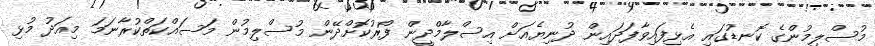
މުސްލިމުންގެ ކޮނޑުގައި އެޅިފައިވާފަދައިން ދުނިޔެއަށް އިސްލާމްދީން ފޯރުކޮށްދޭން މުސްލިމުން މަސައްކަތްކުރާނަމަ މިއަދު މުޅި